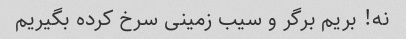
نه! بریم برگر و سیب زمینی سرخ کرده بگیریم